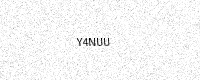
Text: Y4NUU